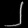
Digit: ၂